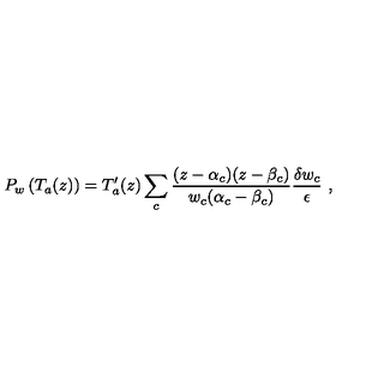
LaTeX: P _ { w } \left( T _ { a } ( z ) \right) = T _ { a } ^ { \prime } ( z ) \sum _ { c } \frac { ( z - \alpha _ { c } ) ( z - \beta _ { c } ) } { w _ { c } ( \alpha _ { c } - \beta _ { c } ) } \frac { \delta w _ { c } } { \epsilon } \ ,